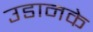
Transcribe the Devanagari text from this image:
उडानके